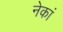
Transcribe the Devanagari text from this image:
नेकां